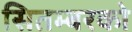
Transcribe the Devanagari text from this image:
सितम्बरको